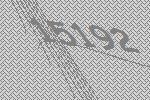
15192